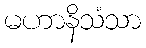
မဟာနိသံသာ